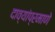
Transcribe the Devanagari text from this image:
दाव्यांप्रमाणे